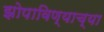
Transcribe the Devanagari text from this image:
झोपाविण्याच्या